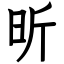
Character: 昕